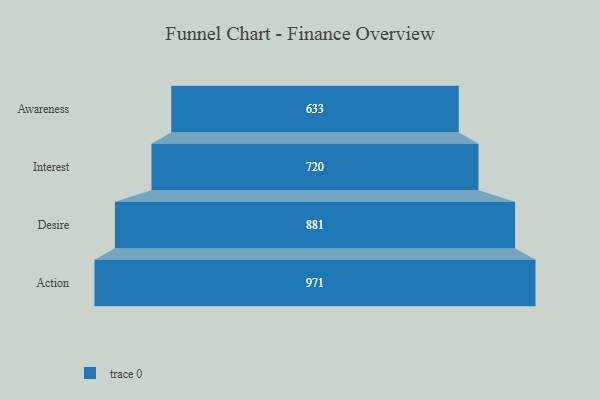
{"axis": {"x": "Stage", "y": "Value"}, "legend": [""], "data": [{"x": "Awareness", "y": 633.0, "type": ""}, {"x": "Interest", "y": 720.0, "type": ""}, {"x": "Desire", "y": 881.0, "type": ""}, {"x": "Action", "y": 971.0, "type": ""}]}